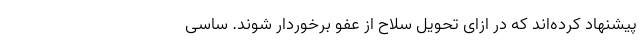
پیشنهاد کرده‌اند که در ازای تحویل سلاح از عفو برخوردار شوند. ساسی